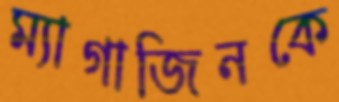
ম্যাগাজিনকে